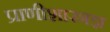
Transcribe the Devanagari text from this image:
प्राणीशास्त्रज्ञ